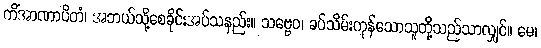
ကိံအာဏာပိတံ၊ အဘယ်သို့စေခိုင်းအပ်သနည်း။ သဗ္ဗေဝ၊ ခပ်သိမ်းကုန်သောသူတို့သည်သာလျှင်။ မေ၊